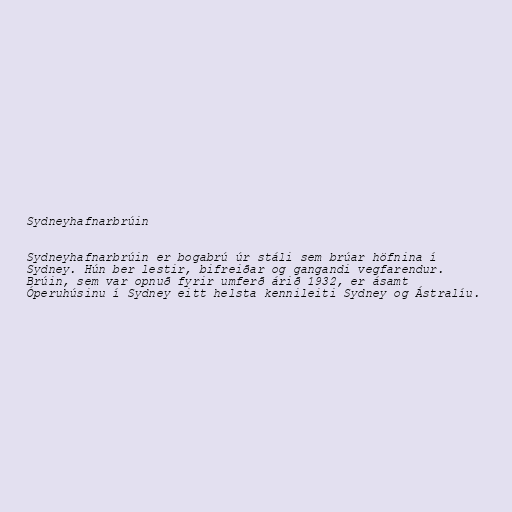
Sydneyhafnarbrúin

Sydneyhafnarbrúin er bogabrú úr stáli sem brúar höfnina í
Sydney. Hún ber lestir, bifreiðar og gangandi vegfarendur.
Brúin, sem var opnuð fyrir umferð árið 1932, er ásamt
Óperuhúsinu í Sydney eitt helsta kennileiti Sydney og Ástralíu.